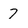
Character: 7